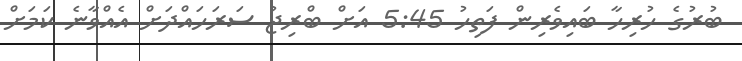
ބުރުުގެ ހުރިހާ ބައިވެރިން ފަތިހު 5:45 އަށް ބްރިޖު ސަރަހައްދަށް އެއްވާނެ ކަމަށް